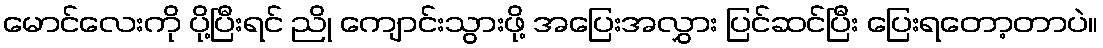
မောင်လေးကို ပို့ပြီးရင် ညို ကျောင်းသွားဖို့ အပြေးအလွှား ပြင်ဆင်ပြီး ပြေးရတော့တာပဲ။